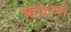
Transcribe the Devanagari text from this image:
फाटग्यो